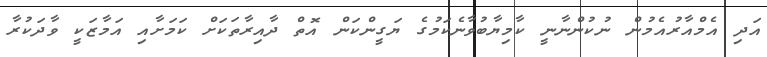
އަދި އެމްއާރުއެމުން ނުކުންނާނީ ކާމިޔާބުވާނެކަމުގެ ޔަގީންކަން އޮތް ދާއިރާތަކަށް ކަމަށާއި އަމާޒަކީ ވާދަކުރާ